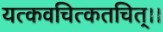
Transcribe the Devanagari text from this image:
यत्कवचित्कतचित्।।